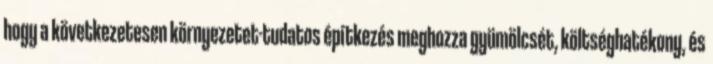
hogy a következetesen környezetet-tudatos építkezés meghozza gyümölcsét, költséghatékony, és